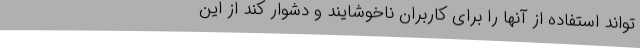
‌تواند استفاده از آنها را برای کاربران ناخوشایند و دشوار کند از این